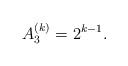
LaTeX: \begin{align*}A_3^{(k)} = 2^{k-1}.\end{align*}